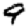
Digit: 9